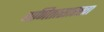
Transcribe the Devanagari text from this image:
गणितासारखा